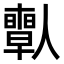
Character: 𠐱